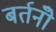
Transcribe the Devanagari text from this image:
बर्तनोँ